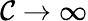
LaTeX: \mathcal{C}\to\infty